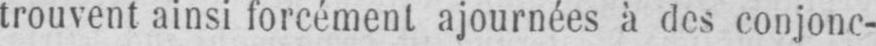
trouvent ainsi forcément ajournées à des conjonc-